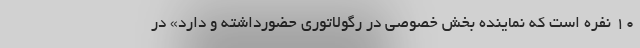
۱۰ نفره است که نماینده بخش خصوصی در رگولاتوری حضورداشته و دارد» در